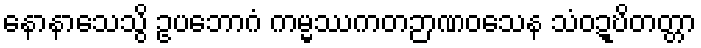
နောနာသေသွိ ဥပဘောဂံ ကမ္မဿကတဉာဏဝသေန သံဝဍ္ဎိတတ္တာ